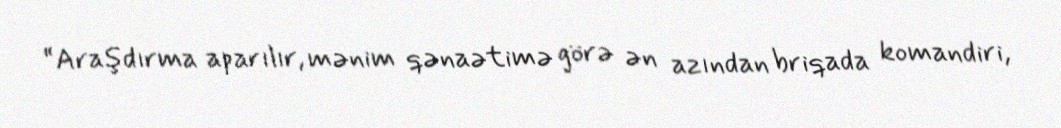
“Araşdırma aparılır, mənim qənaətimə görə ən azından briqada komandiri,